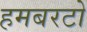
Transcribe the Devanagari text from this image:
हमबरटो